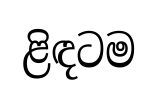
ළිඳටම